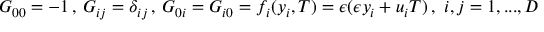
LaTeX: G _ { 0 0 } = - 1 \, , \, G _ { i j } = \delta _ { i j } \, , \, G _ { 0 i } = G _ { i 0 } = f _ { i } ( y _ { i } , { \cal T } ) = \epsilon ( \epsilon y _ { i } + u _ { i } { \cal T } ) \, , \, \, i , j = 1 , . . . , D